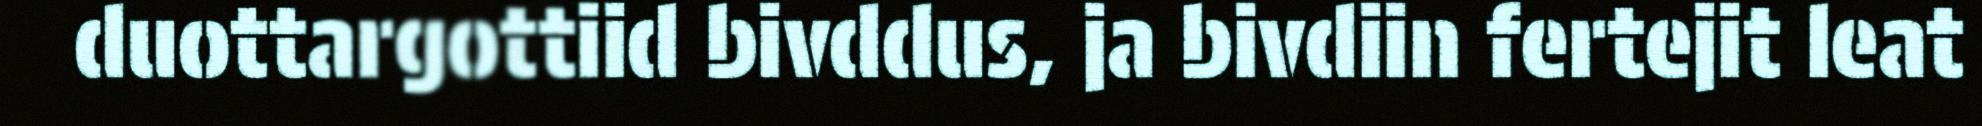
duottargottiid bivddus, ja bivdiin fertejit leat